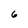
Character: 6